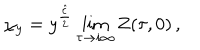
\chi _ { y } = y ^ { \frac { \hat { c } } { 2 } } \lim _ { \tau \rightarrow i \infty } Z ( \tau , 0 ) \, ,